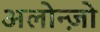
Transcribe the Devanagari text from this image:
अलोन्ज़ो